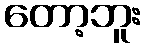
တော့ဘူး